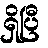
ရှိပြီ